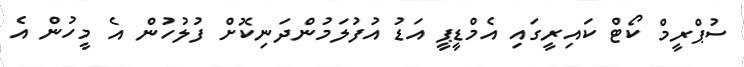
ސުޕްރީމް ކޯޓް ކައިރީގައި އެމްޑީޕީ އަޑު އުފުލަމުންދަނިކޮށް ފުލުހުން އެ މީހުން އެ